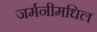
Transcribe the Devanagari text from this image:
जर्मनीमधिल